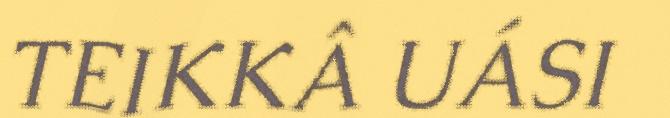
TEIKKÂ UÁSI